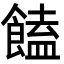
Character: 饁